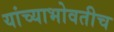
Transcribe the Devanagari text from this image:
यांच्याभोवतीच